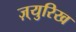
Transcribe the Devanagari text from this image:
ज़्युरिख